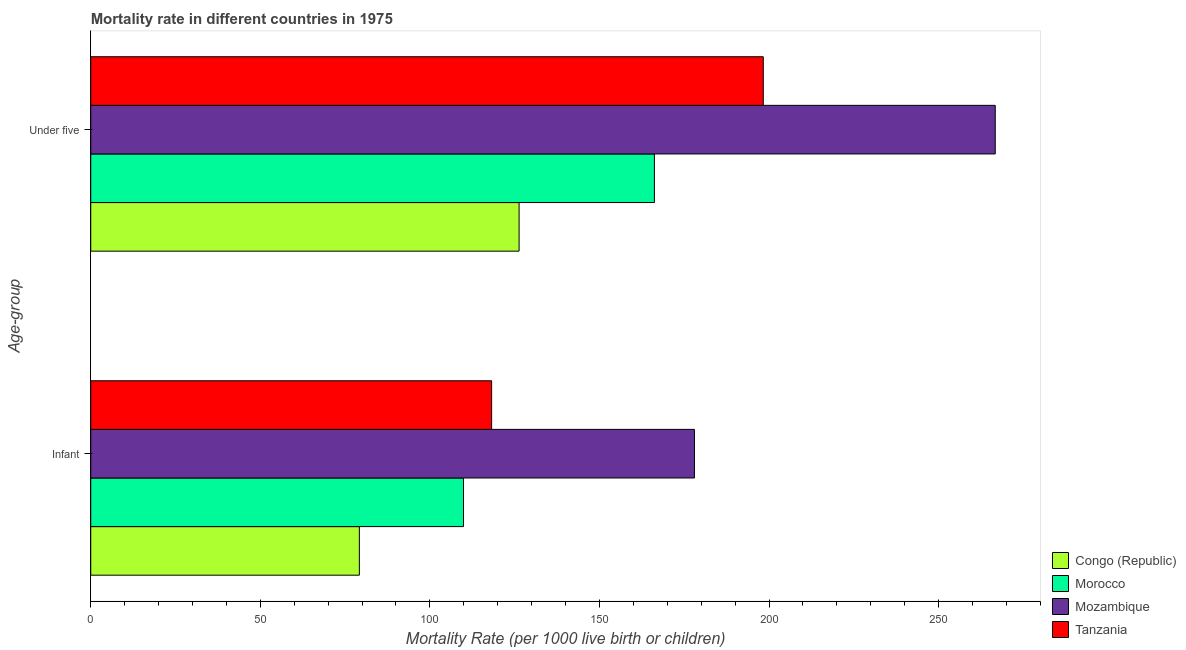
| Age-group | Congo (Republic) | Morocco | Mozambique | Tanzania |
 | --- | --- | --- | --- | --- |
 | Infant | 79.2 | 110 | 178 | 118 |
 | Under five | 126 | 166 | 267 | 198 |